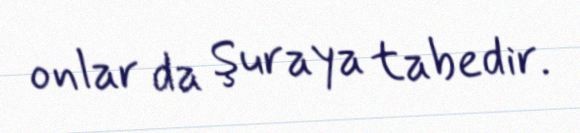
onlar da Şuraya tabedir.